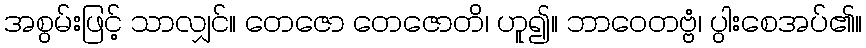
အစွမ်းဖြင့် သာလျှင်။ တေဇော တေဇောတိ၊ ဟူ၍။ ဘာဝေတဗ္ဗံ၊ ပွါးစေအပ်၏။